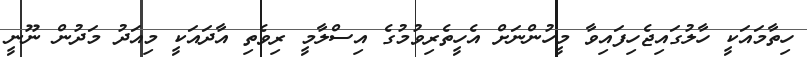
ހިތާމައަކީ ހާލުގައިޖެހިފައިވާ މީހުންނަށް އެހީތެރިވުމުގެ އިސްލާމީ ރިވެތި އާދައަކީ މިއަދު މަދުން ނޫނީ